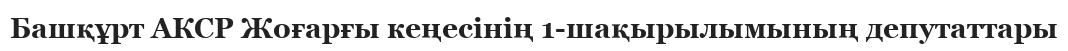
Башқұрт АКСР Жоғарғы кеңесінің 1-шақырылымының депутаттары